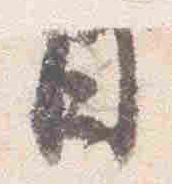
日